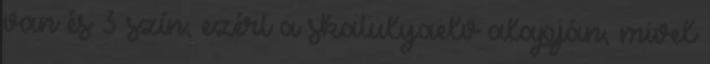
van és 3 szín, ezért a skatulyaelv alapján, mivel